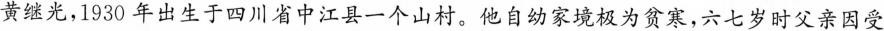
黄继光，1930年出生于四川省中江县一个山村。他自幼家境极为贫寒，六七岁时父亲因受